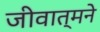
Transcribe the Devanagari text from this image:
जीवात्मने